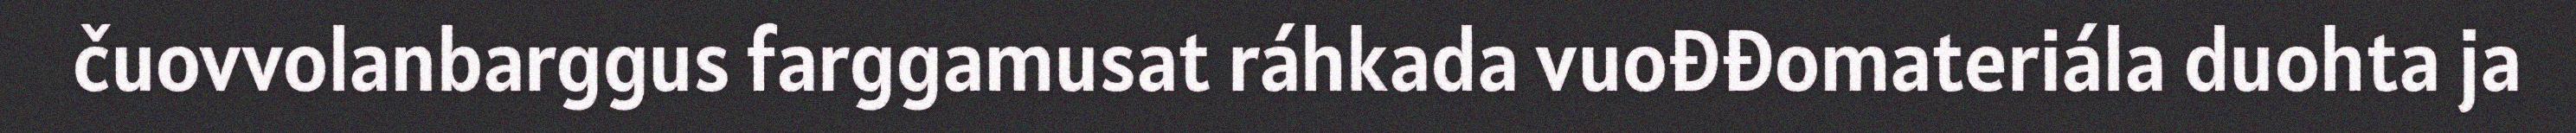
čuovvolanbarggus farggamusat ráhkada vuođđomateriála duohta ja